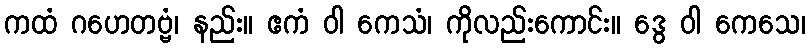
ကထံ ဂဟေတဗ္ဗံ၊ နည်း။ ဧကံ ဝါ ကေသံ၊ ကိုလည်းကောင်း။ ဒွေ ဝါ ကေသေ၊